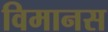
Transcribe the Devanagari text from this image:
विमानस